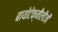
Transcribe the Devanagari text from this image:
बायोटेक्नौलौजी